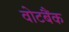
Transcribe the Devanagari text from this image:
वोटबैंक